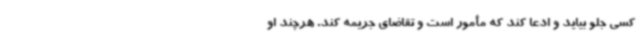
کسی جلو بیاید و ادعا کند که مأمور است و تقاضای جریمه کند. هرچند او